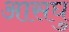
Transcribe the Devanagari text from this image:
आसघु